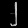
Digit: ၂